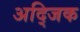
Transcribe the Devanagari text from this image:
अद्जिक